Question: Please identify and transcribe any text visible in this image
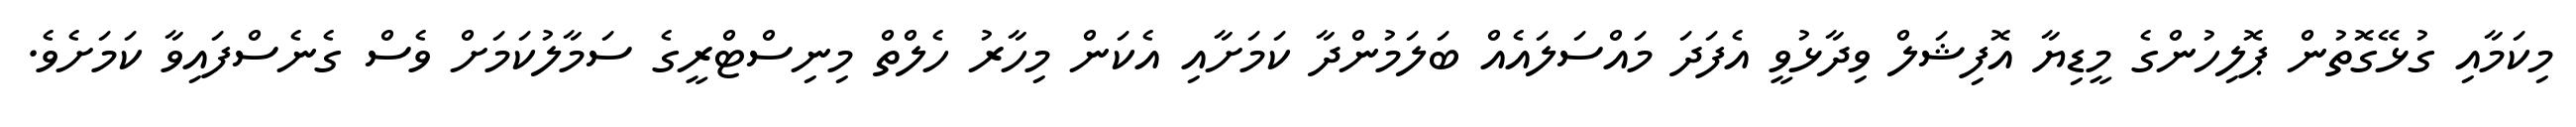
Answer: މިކަމާއި ގުޅޭގޮތުން ޕޮލިހުންގެ މީޑިޔާ އޮފިޝަލް ވިދާޅުވީ އެފަދަ މައްސަލައެއް ބަލަމުންދާ ކަމަށާއި އެކަން މިހާރު ހެލްތް މިނިސްޓްރީގެ ސަމާލުކަމަށް ވެސް ގެނެސްފައިވާ ކަމަށެވެ.